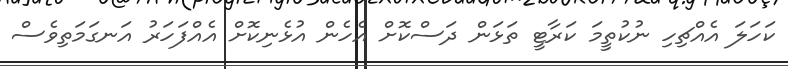
ކަހަލަ އެއްޗިހި ނުކުތީމަ ކަރާޓީ ތަޅަން ދަސްކޮށް އެހެން އުޅެނިކޮށް އެއްފަހަރު އަނގަމަތިވެސް